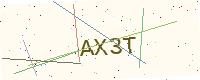
Text: AX3T